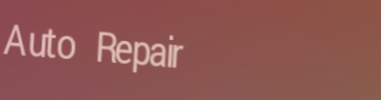
Auto Repair